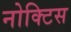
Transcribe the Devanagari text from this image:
नोक्टिस